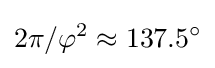
2\pi /\varphi ^{2}\approx 137.5^{\circ }